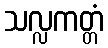
သလ္လကတ္တံ